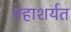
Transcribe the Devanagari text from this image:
महाशर्यत